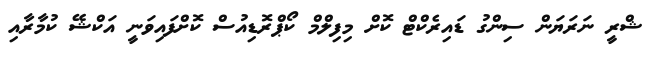
ޝްރީ ނަރަޔަން ސިންގު ޑައިރެކްޓް ކޮށް މިފިލްމް ކޯޕްރޮޑިއުސް ކޮށްފައިވަނީ އަކްޝޭ ކުމާރާއި